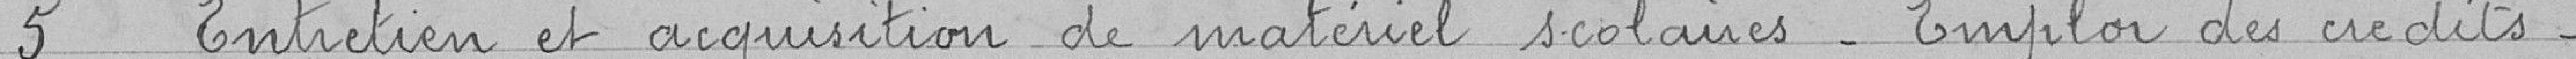
5. Entretien et acquisition de matériel scolaires - Emploi des crédits